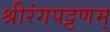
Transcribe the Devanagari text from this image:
श्रीरंगपट्टणम्